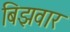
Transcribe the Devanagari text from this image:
बिझवार